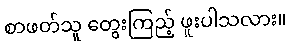
စာဖတ်သူ တွေးကြည့် ဖူးပါသလား။